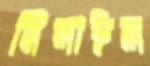
মিলাইল